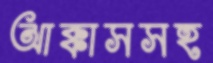
আক্কাসসহ